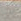
هنا